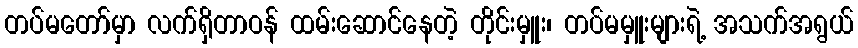
တပ်မတော်မှာ လက်ရှိတာဝန် ထမ်းဆောင်နေတဲ့ တိုင်းမှူး၊ တပ်မမှူးများရဲ့ အသက်အရွယ်